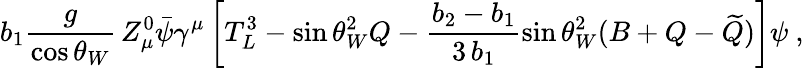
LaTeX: b_{1}\frac{g}{\cos\theta_{W}}\, Z_{\mu}^{0}\bar{\psi}\gamma^{\mu}\left[T_{L}^{3}-\sin\theta_{W}^{2}Q-\frac{b_{2}-b_{1}}{3\, b_{1}}\sin\theta_{W}^{2}(B+Q-\widetilde{Q})\right]\psi\ ,